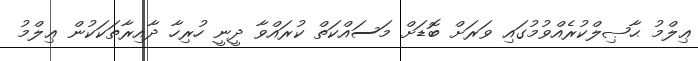
ޢިލްމު ޙާޞިލްކުރެއްވުމުގައި ވަރަށް ބޮޑަށް މަސައްކަތް ކުރައްވާ ދީނީ ހުރިހާ ދާއިރާތަކަކުން ޢިލްމު